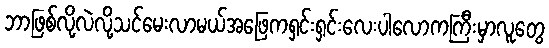
ဘာဖြစ်လို့လဲလို့သင်မေးလာမယ်အဖြေကရှင်းရှင်းလေးပါလောကကြီးမှာလူတွေ